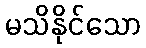
မသိနိုင်သော